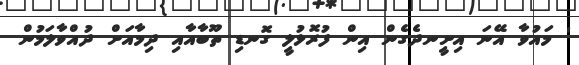
' މައުވާ އޭނަ އިށީނދެގެން އިން ފުރޮޅުލީ ގޮނޑި ތޫބާއާއި ދިމާއަށް ދުއްވާލަމުން